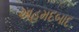
અહમદબાદ